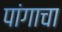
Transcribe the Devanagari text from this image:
पांगाचा